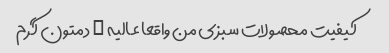
کیفیت محصولات سبزی من واقعا عالیه … دمتون گرم